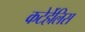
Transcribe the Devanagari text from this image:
कटेर्हेलिस